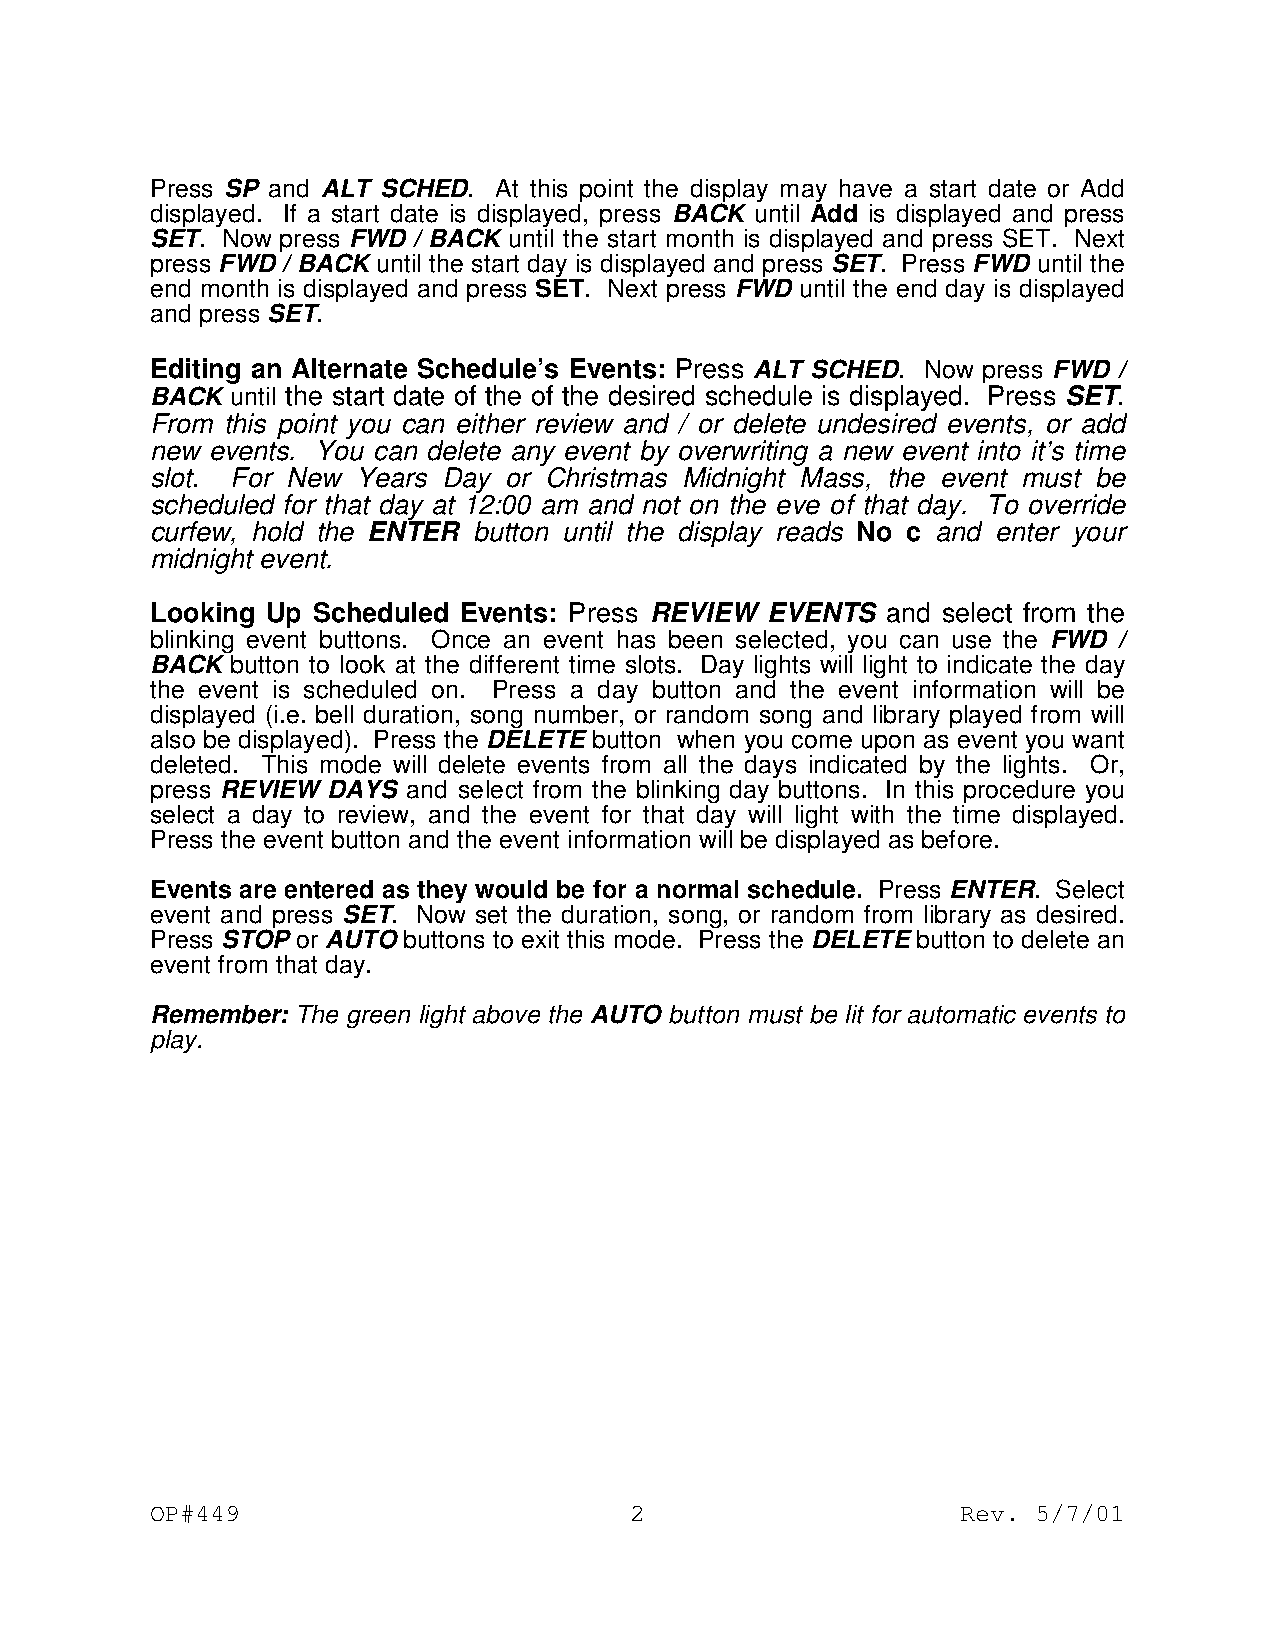
Press SP and ALT SCHED. At this point the display may have a start date or Add
 displayed. If a start date is displayed, press BACK until Add is displayed and press
 SET. Now press FWD / BACK until the start month is displayed and press SET. Next
 press FWD / BACK until the start day is displayed and press SET. Press FWD until the
 end month is displayed and press SET. Next press FWD until the end day is displayed
 and press SET.
 Editing an Alternate Schedule’s Events: Press ALT SCHED. Now press FWD /
 BACK until the start date of the of the desired schedule is displayed. Press SET.
 From this point you can either review and / or delete undesired events, or add
 new events. You can delete any event by overwriting a new event into it’s time
 slot. For New Years Day or Christmas Midnight Mass, the event must be
 scheduled for that day at 12:00 am and not on the eve of that day. To override
 curfew, hold the ENTER button until the display reads No c and enter your
 midnight event.
 Looking Up Scheduled Events: Press REVIEW EVENTS and select from the
 blinking event buttons. Once an event has been selected, you can use the FWD /
 BACK button to look at the different time slots. Day lights will light to indicate the day
 the event is scheduled on. Press a day button and the event information will be
 displayed (i.e. bell duration, song number, or random song and library played from will
 also be displayed). Press the DELETE button when you come upon as event you want
 deleted. This mode will delete events from all the days indicated by the lights. Or,
 press REVIEW DAYS and select from the blinking day buttons. In this procedure you
 select a day to review, and the event for that day will light with the time displayed.
 Press the event button and the event information will be displayed as before.
 Events are entered as they would be for a normal schedule. Press ENTER. Select
 event and press SET. Now set the duration, song, or random from library as desired.
 Press STOP or AUTO buttons to exit this mode. Press the DELETE button to delete an
 event from that day.
 Remember: The green light above the AUTO button must be lit for automatic events to
 play.
 OP#449                          2                     Rev. 5/7/01